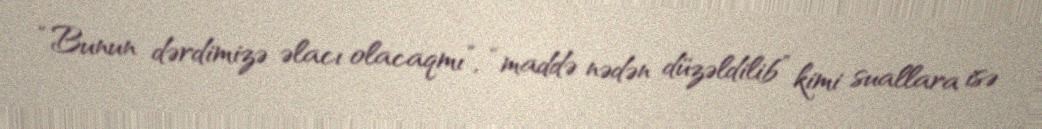
“Bunun dərdimizə əlacı olacaqmı”, “maddə nədən düzəldilib” kimi suallara isə